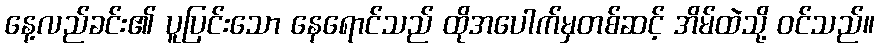
နေ့လည်ခင်း၏ ပူပြင်းသော နေရောင်သည် ထိုအပေါက်မှတစ်ဆင့် အိမ်ထဲသို့ ဝင်သည်။